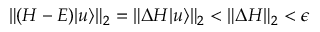
\| ( H - E ) | u \rangle \| _ { 2 } = \| \Delta H | u \rangle \| _ { 2 } < \| \Delta H \| _ { 2 } < \epsilon